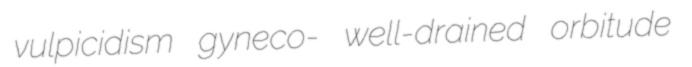
vulpicidism gyneco- well-drained orbitude